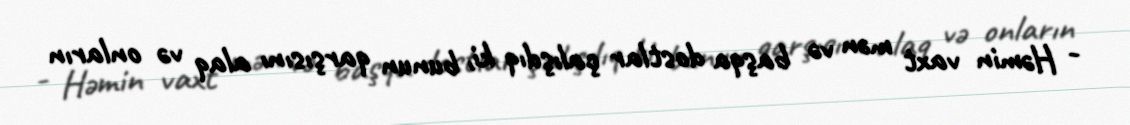
- Həmin vaxt mən və başqa dostlar çalışdıq ki, bunun qarşısını alaq və onların